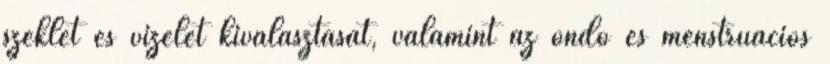
széklet és vizelet kiválasztását, valamint az ondó és menstruációs